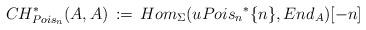
LaTeX: \begin{align*} CH_{Pois_n}^{*}(A,A) \, := \, Hom_{\Sigma}(u {Pois_n}^* \{n\}, End_A)[-n] \end{align*}